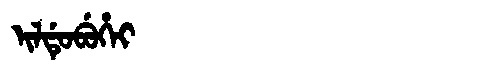
Manchu: ᡳᠯᡩᡠᠪᡠᡥᡝᡳ
Romanization: ILDUBUHEI